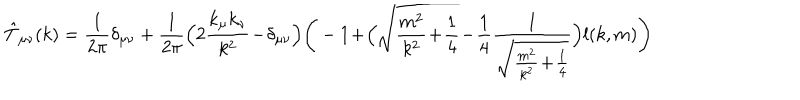
\hat { T } _ { \mu \nu } ( k ) = \frac { 1 } { 2 \pi } \delta _ { \mu \nu } + \frac { 1 } { 2 \pi } \Big ( 2 \frac { k _ { \mu } k _ { \nu } } { k ^ { 2 } } \! - \! \delta _ { \mu \nu } \Big ) \Bigg ( - 1 \! + \! \Big ( \sqrt { \frac { m ^ { 2 } } { k ^ { 2 } } \! + \! \frac { 1 } { 4 } } \! - \! \frac { 1 } { 4 } \frac { 1 } { \sqrt { \frac { m ^ { 2 } } { k ^ { 2 } } \! + \! \frac { 1 } { 4 } } } \Big ) l ( k , m ) \Bigg )